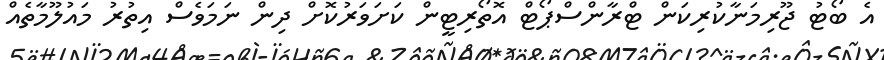
އެ ބޯޓު ޖޫރިމަނާކުރިކަން ޓްރާންސްޕޯޓް އޮތޯރިޓީން ކަށަވަރުކޮށް ދިން ނަމަވެސް އިތުރު މައުލޫމާތެއް